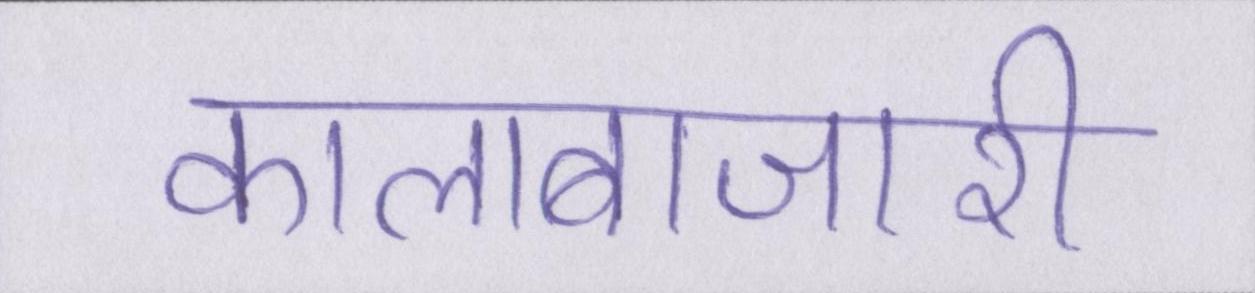
कालाबाजारी